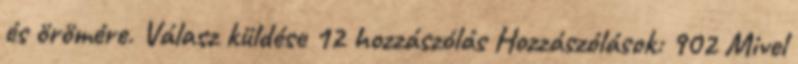
és örömére. Válasz küldése 12 hozzászólás Hozzászólások: 902 Mivel